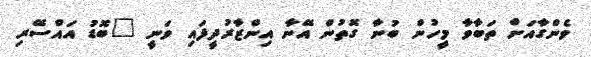
ވެންގާއަށް ތަބާވާ މީހުން ބުނާ ގޮތުން އޭނާ އިންޒާރުދީފައި ވަނީ "ބޮޑު އައްސޭރި